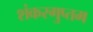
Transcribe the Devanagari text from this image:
शंकरगुप्तम